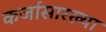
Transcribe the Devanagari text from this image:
कर्जासारख्या